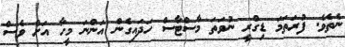
ނެތެވެ. ފުރަތަމަ ޑިގްރީ ނުވަތަ މާސްޓާސް ހަދައިގެން އަންނަ މީހާ އަށް ވެސް